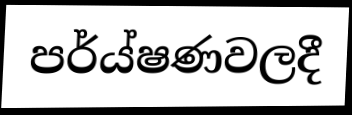
පර්ය්ෂණවලදී